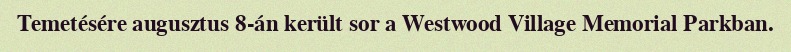
Temetésére augusztus 8-án került sor a Westwood Village Memorial Parkban.